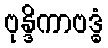
ဗုန္ဒိကာဗဒ္ဓံ